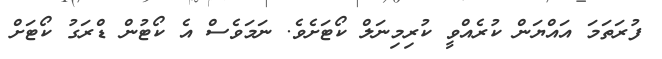
ފުރަތަމަ އައްޔަން ކުރެއްވީ ކުރިމިނަލް ކޯޓަށެވެ. ނަމަވެސް އެ ކޯޓުން ޑްރަގު ކޯޓަށް